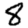
Digit: 8